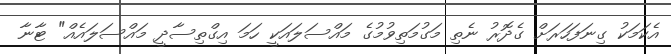
އެކަމަކު ގިނަފަހަރަށް ގެދޮރު ނެތި މަގުމަތިވުމުގެ މައްސަލައަކީ ހަމަ އިގްތިސާދީ މައްސަލައެއް" ޓާނާ